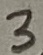
Text: 3